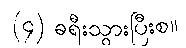
(၄) ခရီးသွားပြီးစ။